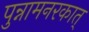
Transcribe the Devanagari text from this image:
पुन्नामनरकात्